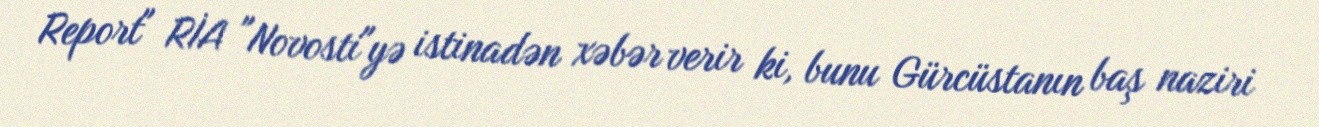
Report" RİA "Novosti"yə istinadən xəbər verir ki, bunu Gürcüstanın baş naziri